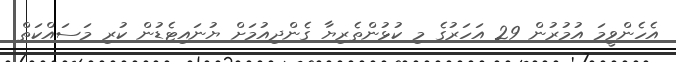
އެހެންވީމަ އުމުރުން 29 އަހަރުގެ މި ކުޅުންތެރިޔާ ގެންދިއުމަށް ޔުނައިޓެޑުން ކުރި މަސައްކަތް